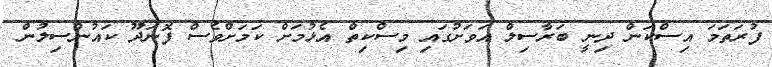
ފުރަތަމަ އިސްކަން ދިނީ ބަރާސިލް އަވަށުގައި މިސްކިތް އެޅުމަށް ކަމަށްވެސް ފޮނަދޫ ކައުންސިލުން